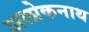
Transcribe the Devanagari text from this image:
अलोकनाथ